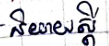
និយាយស្តី